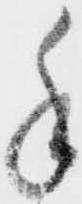
手